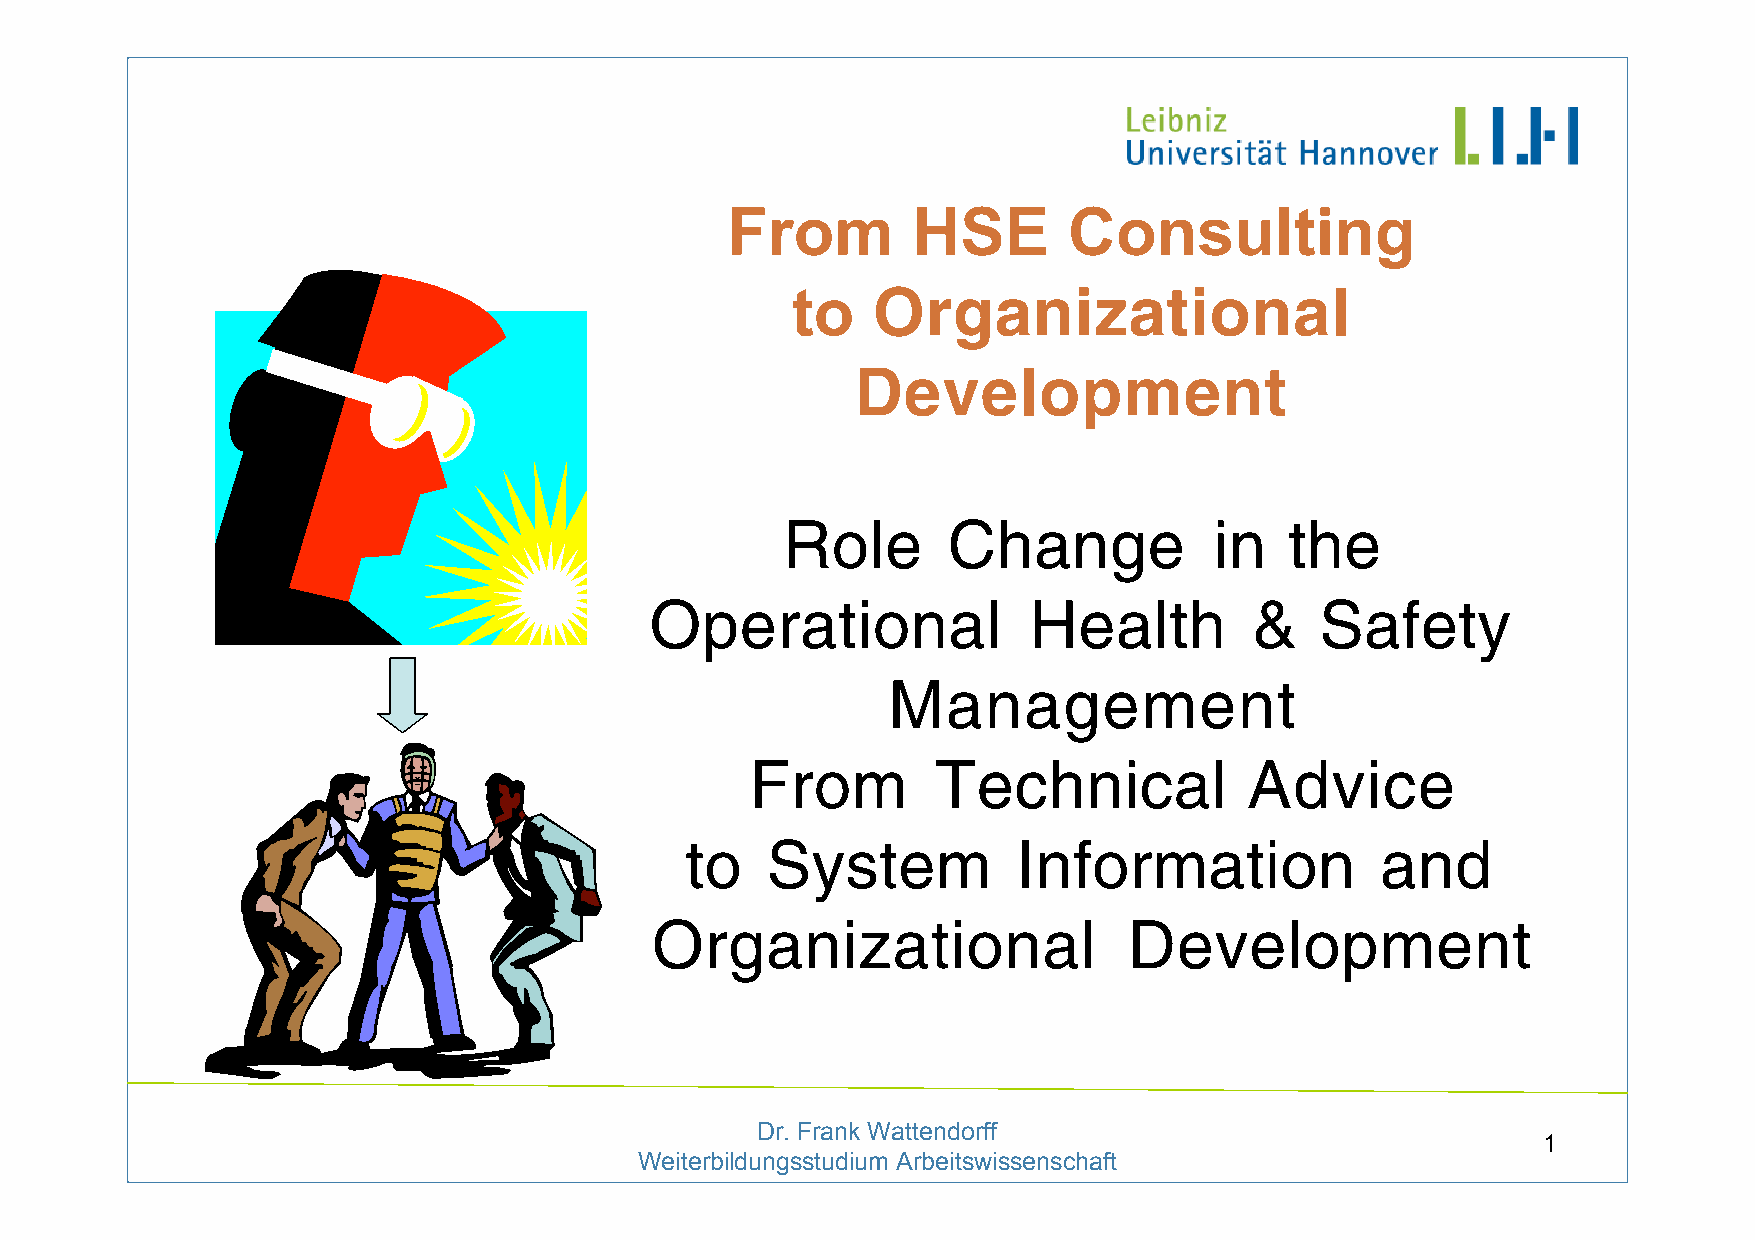
From        HSE        Consulting
 20.9.2006       Hamburg
 to    Organizational
 Development
 Role       Change           in   the
 Operational              Health         &   Safety
 Management
 From        Technical            Advice
 to    System          Information             and
 Organizational                  Development
 Dr. Frank Wattendorff
 1
 Weiterbildungsstudium Arbeitswissenschaft